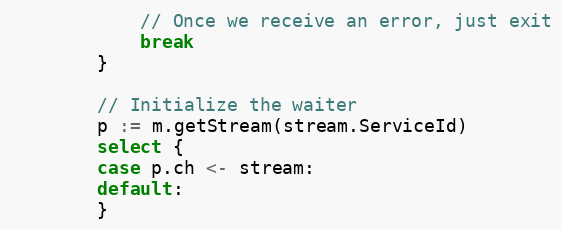
Language: Go
			// Once we receive an error, just exit
			break
		}

		// Initialize the waiter
		p := m.getStream(stream.ServiceId)
		select {
		case p.ch <- stream:
		default:
		}